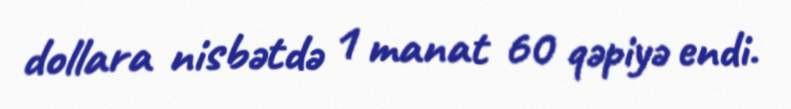
dollara nisbətdə 1 manat 60 qəpiyə endi.